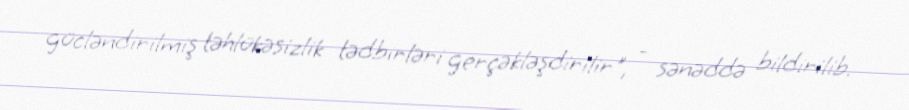
gücləndirilmiş təhlükəsizlik tədbirləri gerçəkləşdirilir", - sənəddə bildirilib.